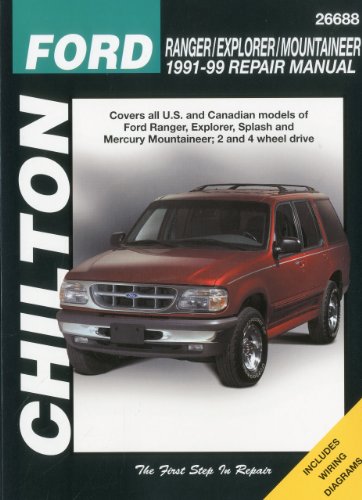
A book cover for Ford Ranger, Explorer, and Mountaineer, 1991-99 (Chilton Total Car Care Series Manuals); Chilton; Engineering & Transportation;